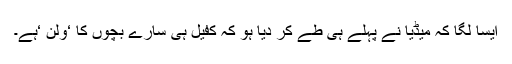
ایسا لگا کہ میڈیا نے پہلے ہی طے کر دیا ہو کہ کفیل ہی سارے بچّوں کا ‘ولن ‘ہے۔